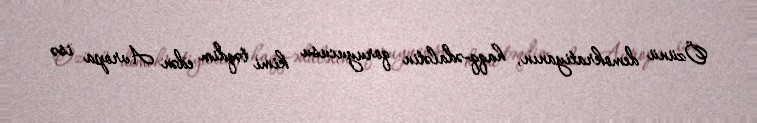
Özünü demokratiyanın, haqq-ədalətin qoruyucusu kimi təqdim edən Avropa isə